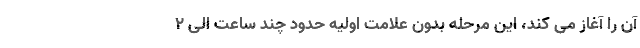
آن را آغاز می کند، این مرحله بدون علامت اولیه حدود چند ساعت الی 2